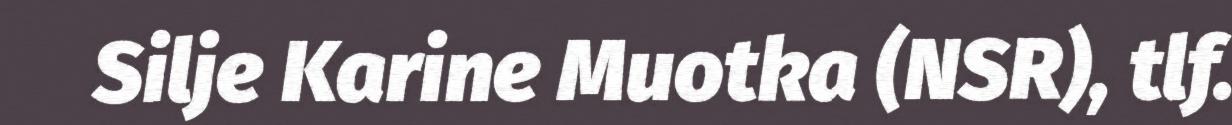
Silje Karine Muotka (NSR), tlf.